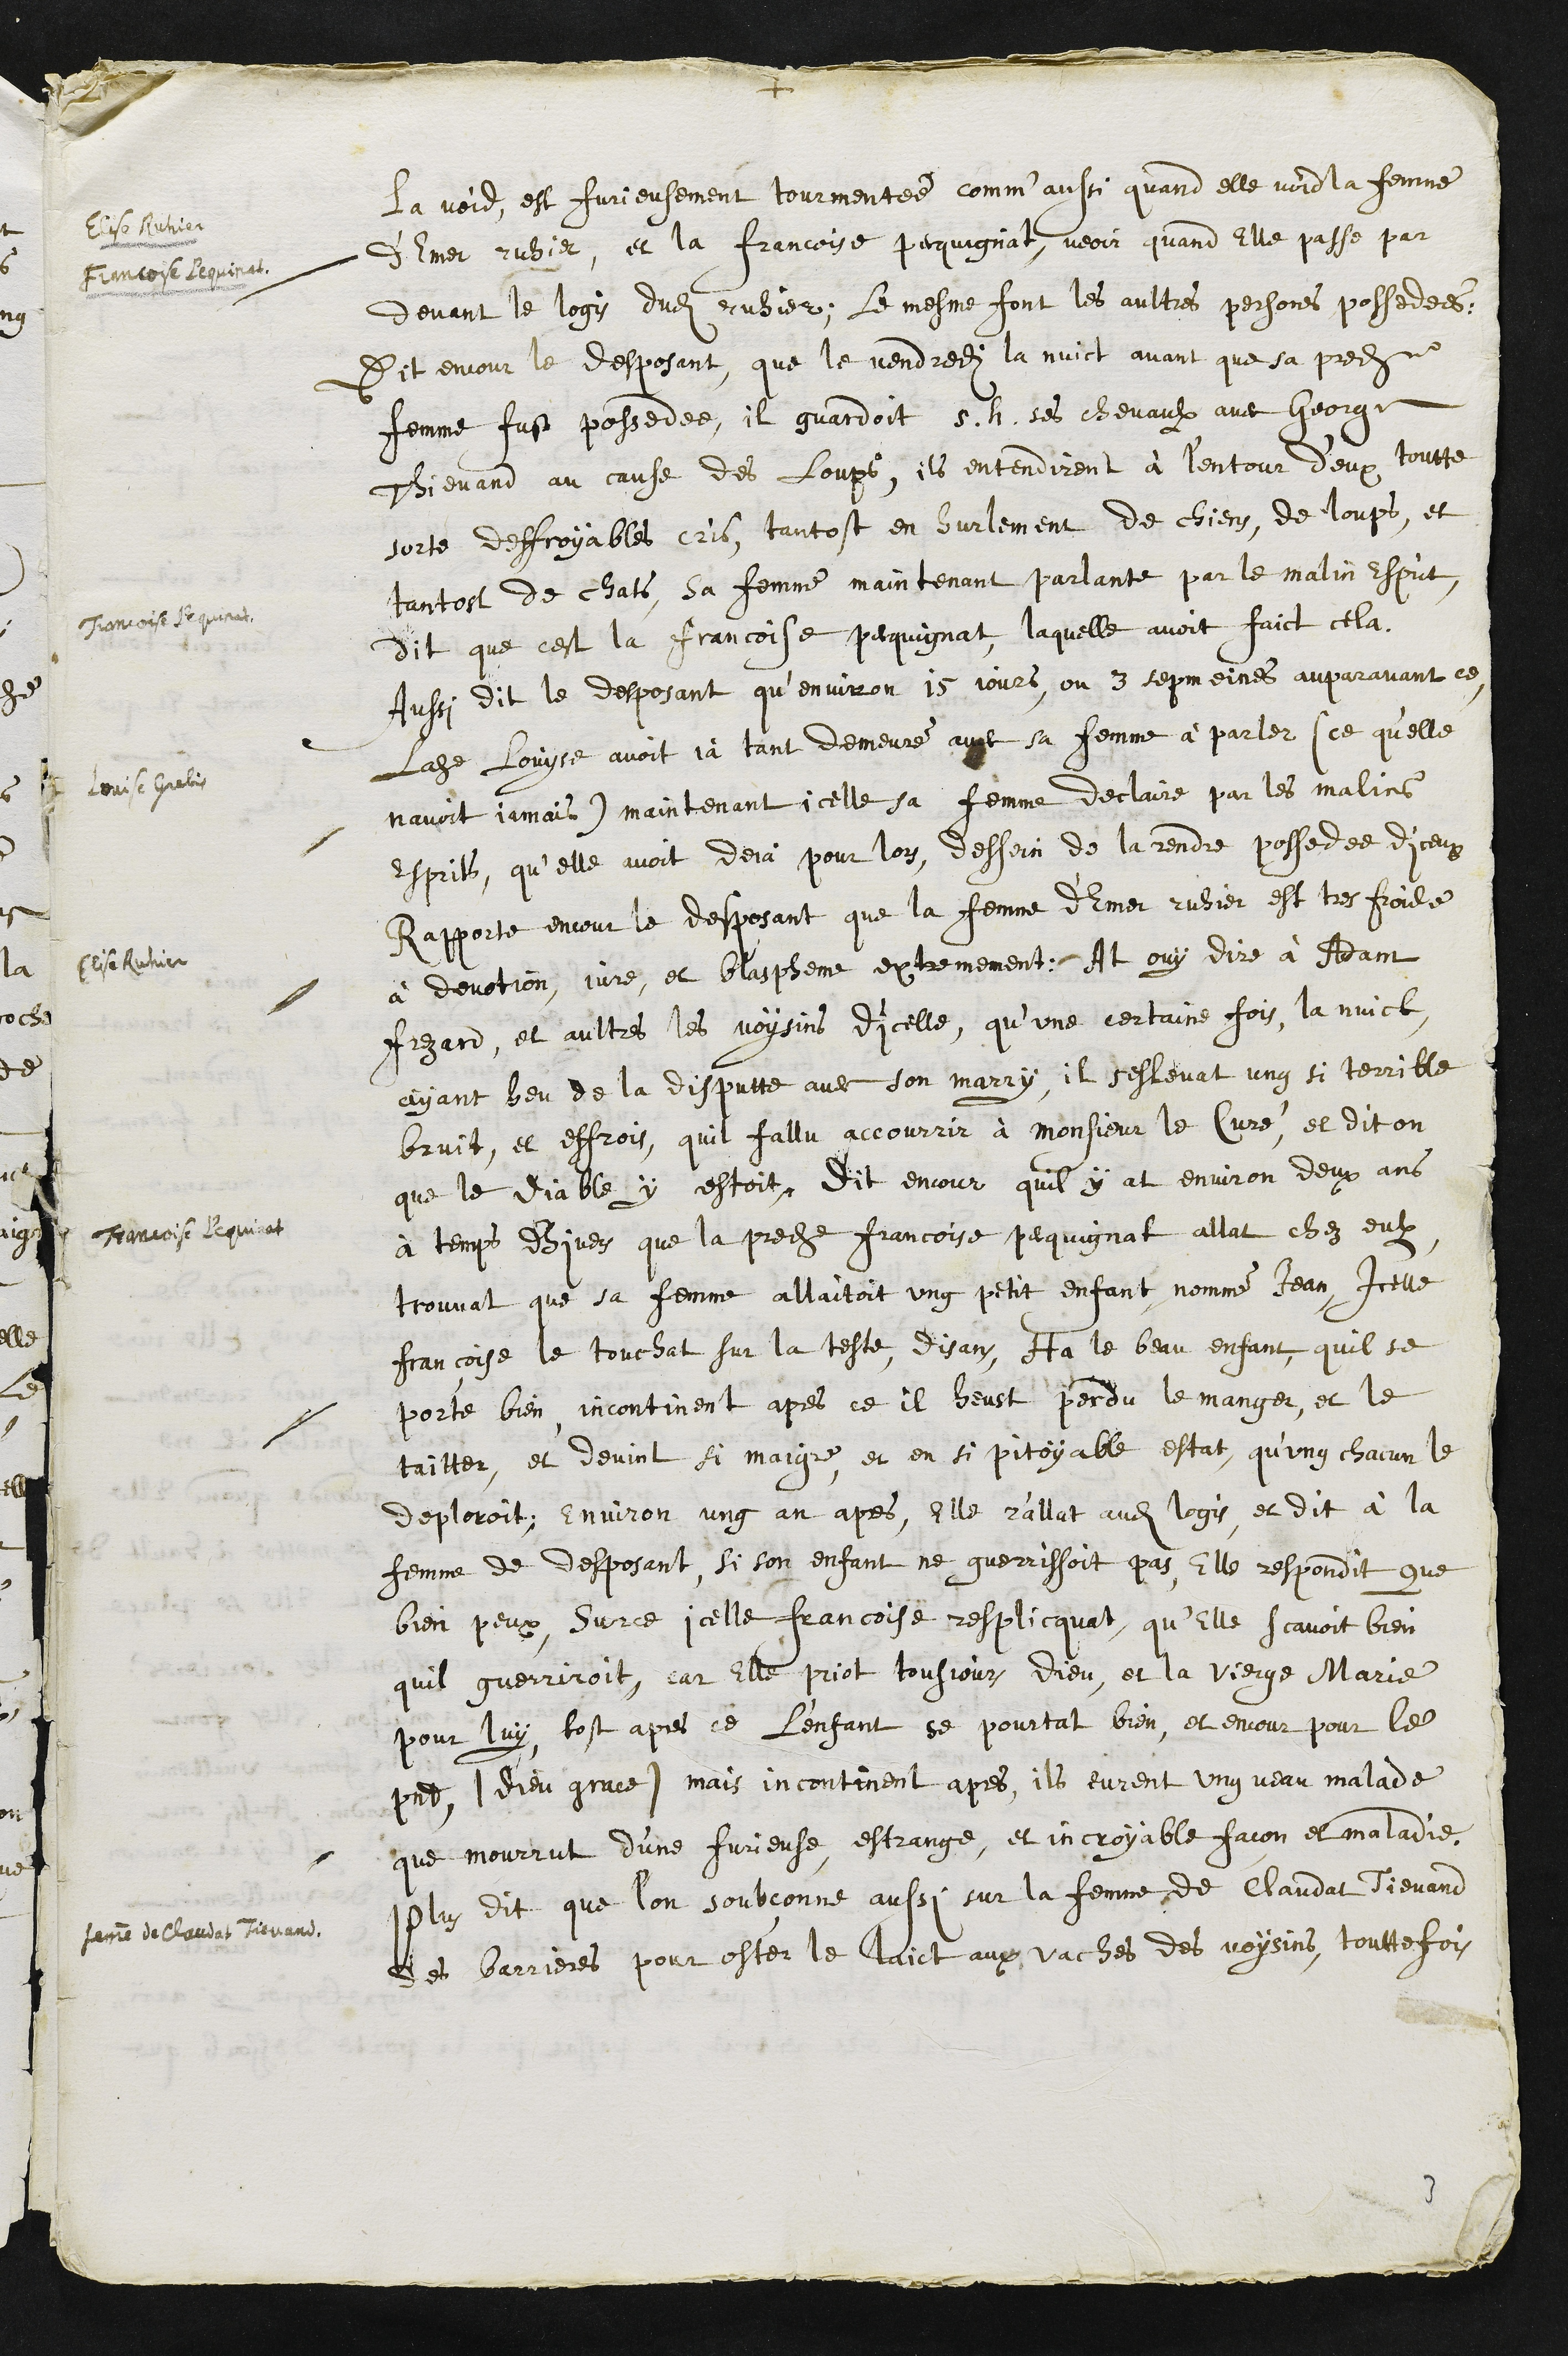
+
Elise Ruhier
Francoise Pequinat
Francoise Pequinat
Louise Grebis
Elise Ruhier
Francoise Pequinat
femme de Claudat Tievand
La void est furieusement tourmentee comm'aussi quand elle void la femme
d'Emer ruhier et la Francoise pecquignat, veoir quand Elle passe par
devant le logis dudit ruhier, le mesme font les aultres persones possedees,
Dit encour le desposant que le vendredit la nuict avant que sa predite
femme fust possedee, il gardoit s.h. ses chevaulx avec George
Thienard au cause des loups, ils entendirent à l’entour d'eux toutte
sorte deffroyables cris, tantost en hurlement de chiens, de loups, et
tantost de chats, sa femme maintenant parlante par le malin Esprit,
dit que cest la Francoise pecquignat, laquelle avoit faict cela.
Aussi dit le desposant qu’environ 15 jours, ou 3 sepmaines auparavant ce,
Ladite Louyse avoit ja tant demeure avec sa femme à parler (ce qu’elle
navoit jamais) maintenant icelle sa femme declaire par les malins
Esprits, qu’elle avoit deja pour lors, dessein de la rendre possedee diceux
Rapporte encour le desposant que la femme d’Emer ruhier est tres froide
à devation, jure, et blaspheme extremement. At ouy dire à Adam
Frezard, et aultres les voysins dicelle, qu’une certaine fois la nuict,
ayant heu de la disputte avec son marry, il seslevat ung si terrible
bruit, et effrois, quil fallu accourrir à monsieur le Curé, et dit on
que le diable y estoit. Dit encour quil y at environ deux ans
à temps d'hiver que la predite Francoise pequignat allat chez eulx
trouvat que sa femme allaitoit ung petit enfant nomme Jean, icelle
Francoise le touchat sur la teste, disans Ha le beau enfant, quil se
porte bien, incontinent apres ce il heust perdu le manger, et le
taitter, et devint si maigre et en si pitoyable estat, qu’ung chacun le
deploroit, environ ung an apres, Elle r'allat audit logis et dit à la
femme de desposant si son enfant ne guerrissoit pas, Elle respondit que
bien peux, Surce icelle francoise resplicquat, qu’Elle scavoit bien
quil guerriroit, car elle priot tousjours dieu et la vierge Marie
pour luy, tost apres ce l'enfant se pourtat bien, et encour pour le
present (Dieu grace) mais incontinent apres, ils eurent ung veau malade
que mourrut d’une furieuse, estrange, et incroyable facon et maladie
Plus dit que l’on soubçonne aussi sur la femme de Claudat Tievand
des barrieres pour oster le laict aux vaches des voysins, touttefois
3